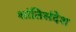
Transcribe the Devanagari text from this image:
शांतिसंदेश